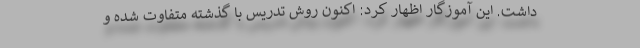
داشت. این آموزگار اظهار کرد: اکنون روش تدریس با گذشته متفاوت شده و